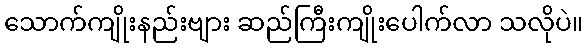
သောက်ကျိုးနည်းဗျား ဆည်ကြီးကျိုးပေါက်လာ သလိုပဲ။